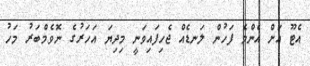
އެޓޫ އަށް އެންމެ ފަހުން ލަނޑެއް ޖެހިފައިވަނީ މިދިޔަ އަހަރުގެ ނޮވެމްބަރު މަހު